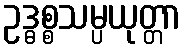
ဥဒ္ဓစ္စသမ္ပယုတ္တာ